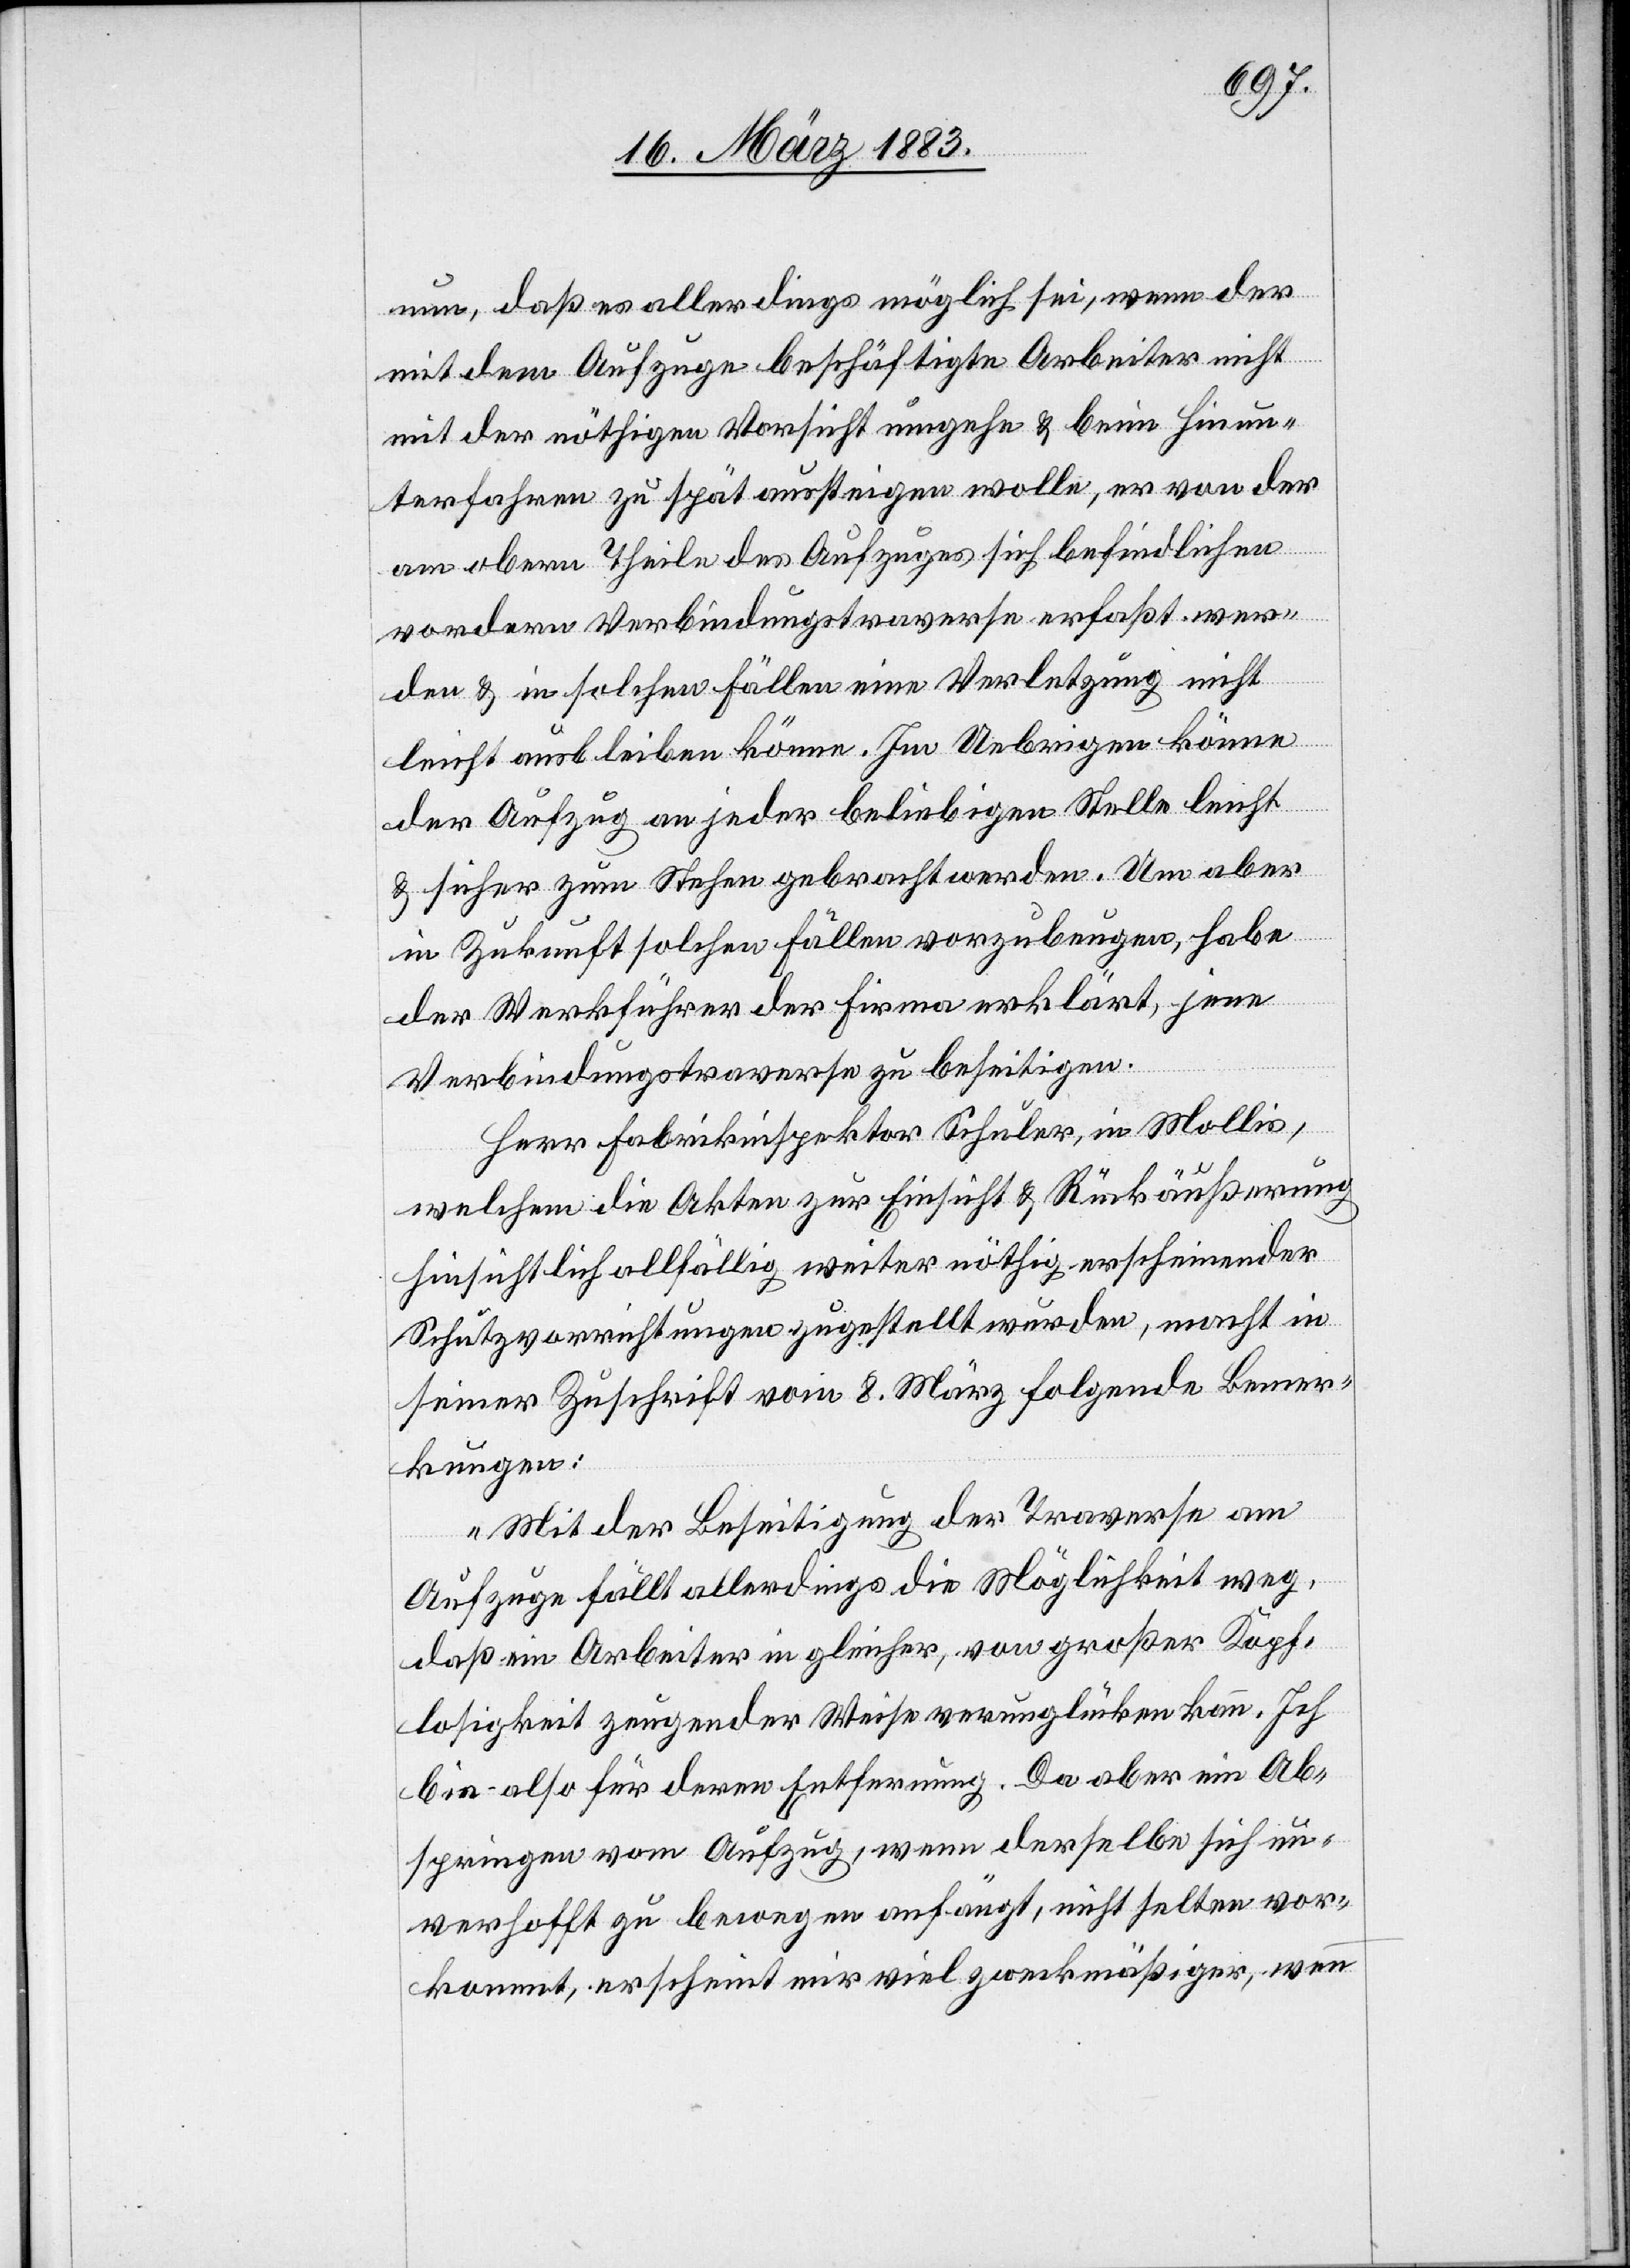
trans-

am